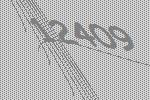
12409